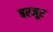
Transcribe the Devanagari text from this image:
बरजूर